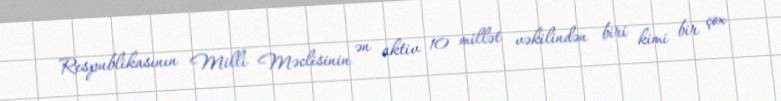
Respublikasının Milli Məclisinin ən aktiv 10 millət vəkilindən biri kimi bir çox